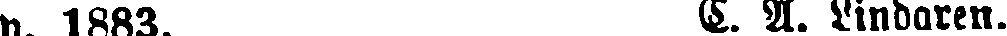
p. 1883.  E. A. Lindgren.